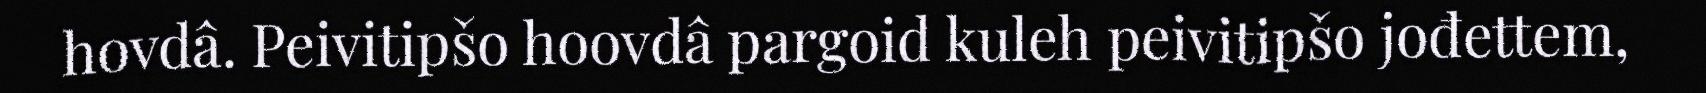
hovdâ. Peivitipšo hoovdâ pargoid kuleh peivitipšo jođettem,